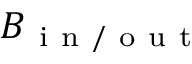
B _ { \mathrm { ~ i ~ n ~ / ~ o ~ u ~ t ~ } }